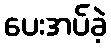
ပေးအပ်ခဲ့